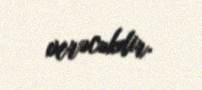
verəcəkdir.